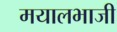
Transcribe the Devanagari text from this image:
मयालभाजी